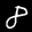
Label: 8